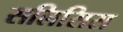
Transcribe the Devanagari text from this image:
सलिसिस